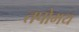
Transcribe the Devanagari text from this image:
तपोमय